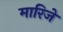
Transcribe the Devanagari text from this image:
मारिजे